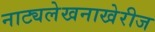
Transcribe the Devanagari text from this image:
नाट्यलेखनाखेरीज